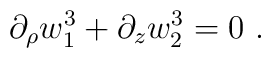
\partial_\rho w_1^3 + \partial_z w_2^3 =0 \ .